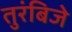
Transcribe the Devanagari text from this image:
तुरंबिजे